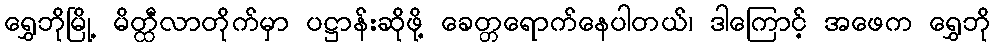
ရွှေဘိုမြို့ မိတ္ထီလာတိုက်မှာ ပဋ္ဌာန်းဆိုဖို့ ခေတ္တရောက်နေပါတယ်၊ ဒါကြောင့် အဖေက ရွှေဘို